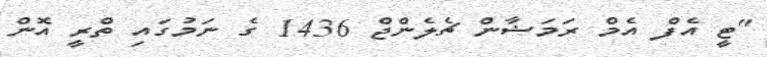
"ޓީ އެފް އެމް ރަމަޟާން ޗެލެންޖް 1436 ގެ ނަމުގައި ތްރީ އޮން